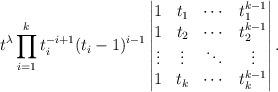
LaTeX: \begin{align*}t^\lambda\prod_{i=1}^{k}t_i^{-i+1}(t_i-1)^{i-1}\begin{vmatrix} 1&t_1&\cdots&t_1^{k-1} \\1&t_2&\cdots&t_2^{k-1}\\\vdots&\vdots&\ddots&\vdots\\1&t_k&\cdots&t_k^{k-1}\\\end{vmatrix}.\end{align*}